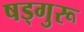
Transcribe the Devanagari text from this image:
षड्गुरू